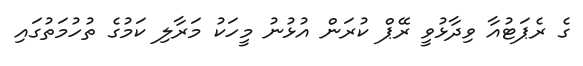
ގެ ރެޕަޓުއާ ވިދާޅުވީ ރޭޕް ކުރަން އުޅުނު މީހަކު މަރާލި ކަމުގެ ތުހުމަތުގައި